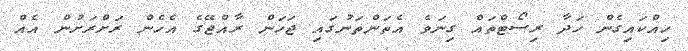
ހިއްކައިގެން ހަދާ ރިސޯޓްތައް ގިނަވެ އެތަންތަނުގައި ޖަހަން ރާއްޖޭގެ އެހެން ރަށްރަށުން އެއް